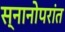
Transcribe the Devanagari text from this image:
स्नानोपरांत